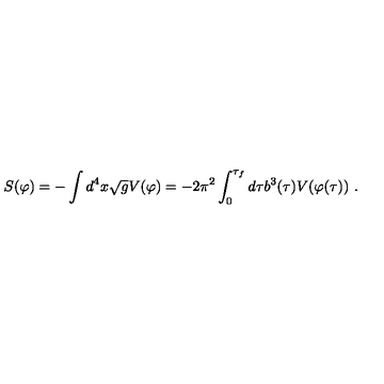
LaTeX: S ( \varphi ) = - \int d ^ { 4 } x \sqrt { g } V ( \varphi ) = - { 2 \pi ^ { 2 } \int _ { 0 } ^ { \tau _ { f } } d \tau b ^ { 3 } ( \tau ) V ( \varphi ( \tau ) ) } \ .